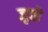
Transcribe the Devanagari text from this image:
जुतो